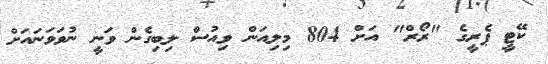
ކޭޓީ ޕެރީގެ "ރޯރް" އަށް 804 މިލިއަން ވިއުސް ލިބިގެން ވަނީ ނުވަވަނައަށް